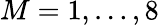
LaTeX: M=1,\dots,8